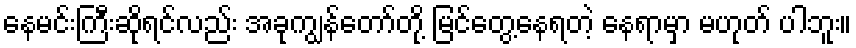
နေမင်းကြီးဆိုရင်လည်း အခုကျွန်တော်တို့ မြင်တွေ့နေရတဲ့ နေရာမှာ မဟုတ် ပါဘူး။